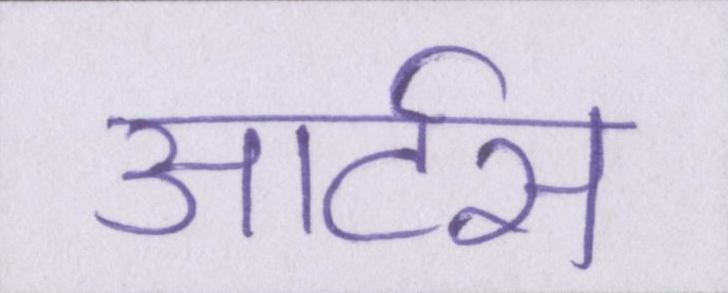
आर्टस